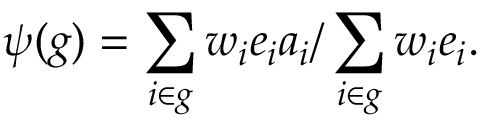
\psi ( g ) = \sum _ { i \in g } w _ { i } e _ { i } a _ { i } / \sum _ { i \in g } w _ { i } e _ { i } .